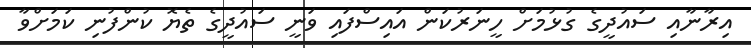
އިރާނާއި ސައުދީގެ ގުޅުމަށް ހީނަރުކަން އައިސްފައި ވަނީ ސައުދީގެ ތެޔޮ ކުންފުނި ކަމަށްވާ